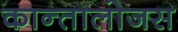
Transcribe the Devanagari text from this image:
कान्तालोजस